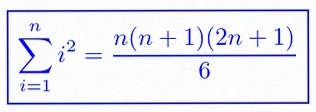
\sum_{i=1}^{n}i^2=\frac{n(n+1)(2n+1)}6